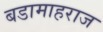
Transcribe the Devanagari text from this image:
बडामाहराज